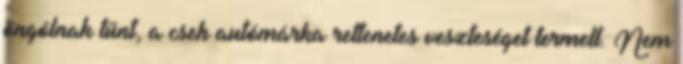
öngólnak tűnt, a cseh autómárka rettenetes veszteséget termelt. Nem